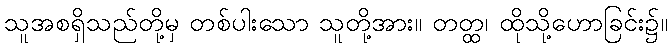
သူအစရှိသည်တို့မှ တစ်ပါးသော သူတို့အား။ တတ္ထ၊ ထိုသို့ဟောခြင်း၌။